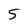
Character: 5